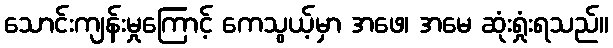
သောင်းကျန်းမှုကြောင့် ကေသွယ့်မှာ အဖေ၊ အမေ ဆုံးရှုံးရသည်။